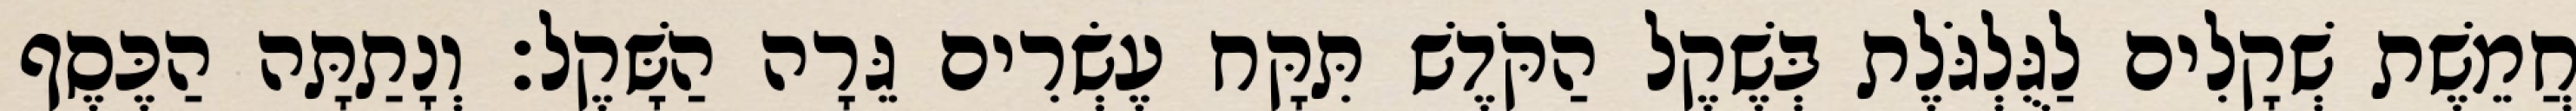
חֲמֵשֶׁת שְׁקָלִים לַגֻּלְגֹּלֶת בְּשֶׁקֶל הַקֹּדֶשׁ תִּקָּח עֶשְׂרִים גֵּרָה הַשָּׁקֶל׃ וְנָתַתָּה הַכֶּסֶף